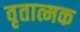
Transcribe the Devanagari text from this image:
वृतात्मक